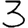
Digit: 3